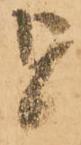
を